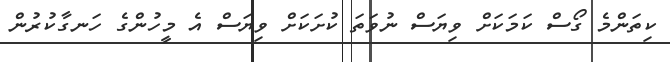
ކިތަންމެ ގޯސް ކަމަކަށް ވިޔަސް ނުވަތަ ކުށަކަށް ވިޔަސް އެ މީހުންގެ ހަނގާކުރުން